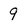
Character: 9